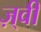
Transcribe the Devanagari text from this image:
ज़्वी